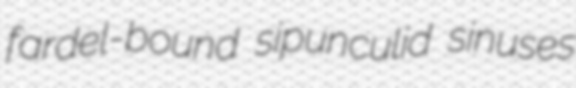
fardel-bound sipunculid sinuses